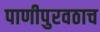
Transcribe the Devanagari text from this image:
पाणीपुरवठाच